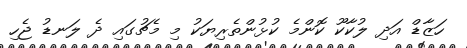
ހަޒާޑް އަދި ލުކާކޫ ކޮންމެ ކުޅުންތެރިޔަކު މި މެޗުގައި ދެ ލަނޑު ޖެހި